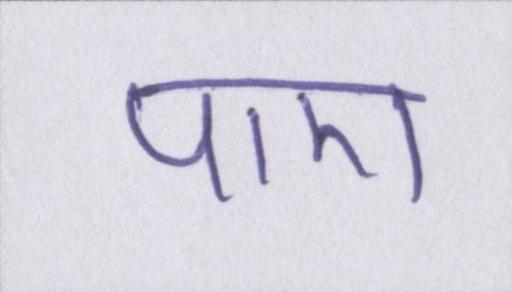
पाए